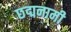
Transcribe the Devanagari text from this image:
छद्मनामी